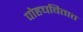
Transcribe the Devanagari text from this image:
पोहचवितात